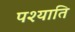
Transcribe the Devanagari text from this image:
पश्याति